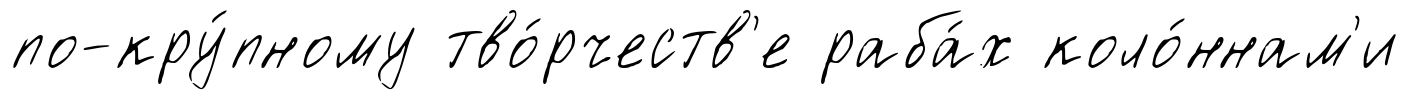
по-кру́пному тво́рчеств'е раба́х коло́ннам'и